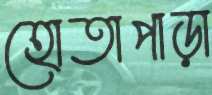
হোতাপাড়া